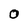
Character: O